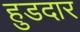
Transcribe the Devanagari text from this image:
हुडदार